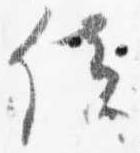
位